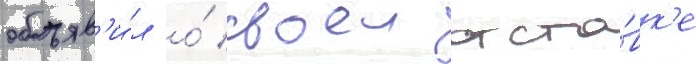
объяв'и́л о́ своеи отста́вк'е